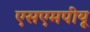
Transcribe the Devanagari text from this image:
एसएमपीयू